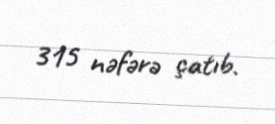
315 nəfərə çatıb.